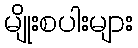
မျိုးစပါးများ